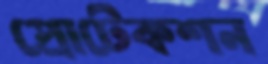
প্রোটেকশন